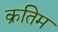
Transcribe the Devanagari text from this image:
क्रतिम